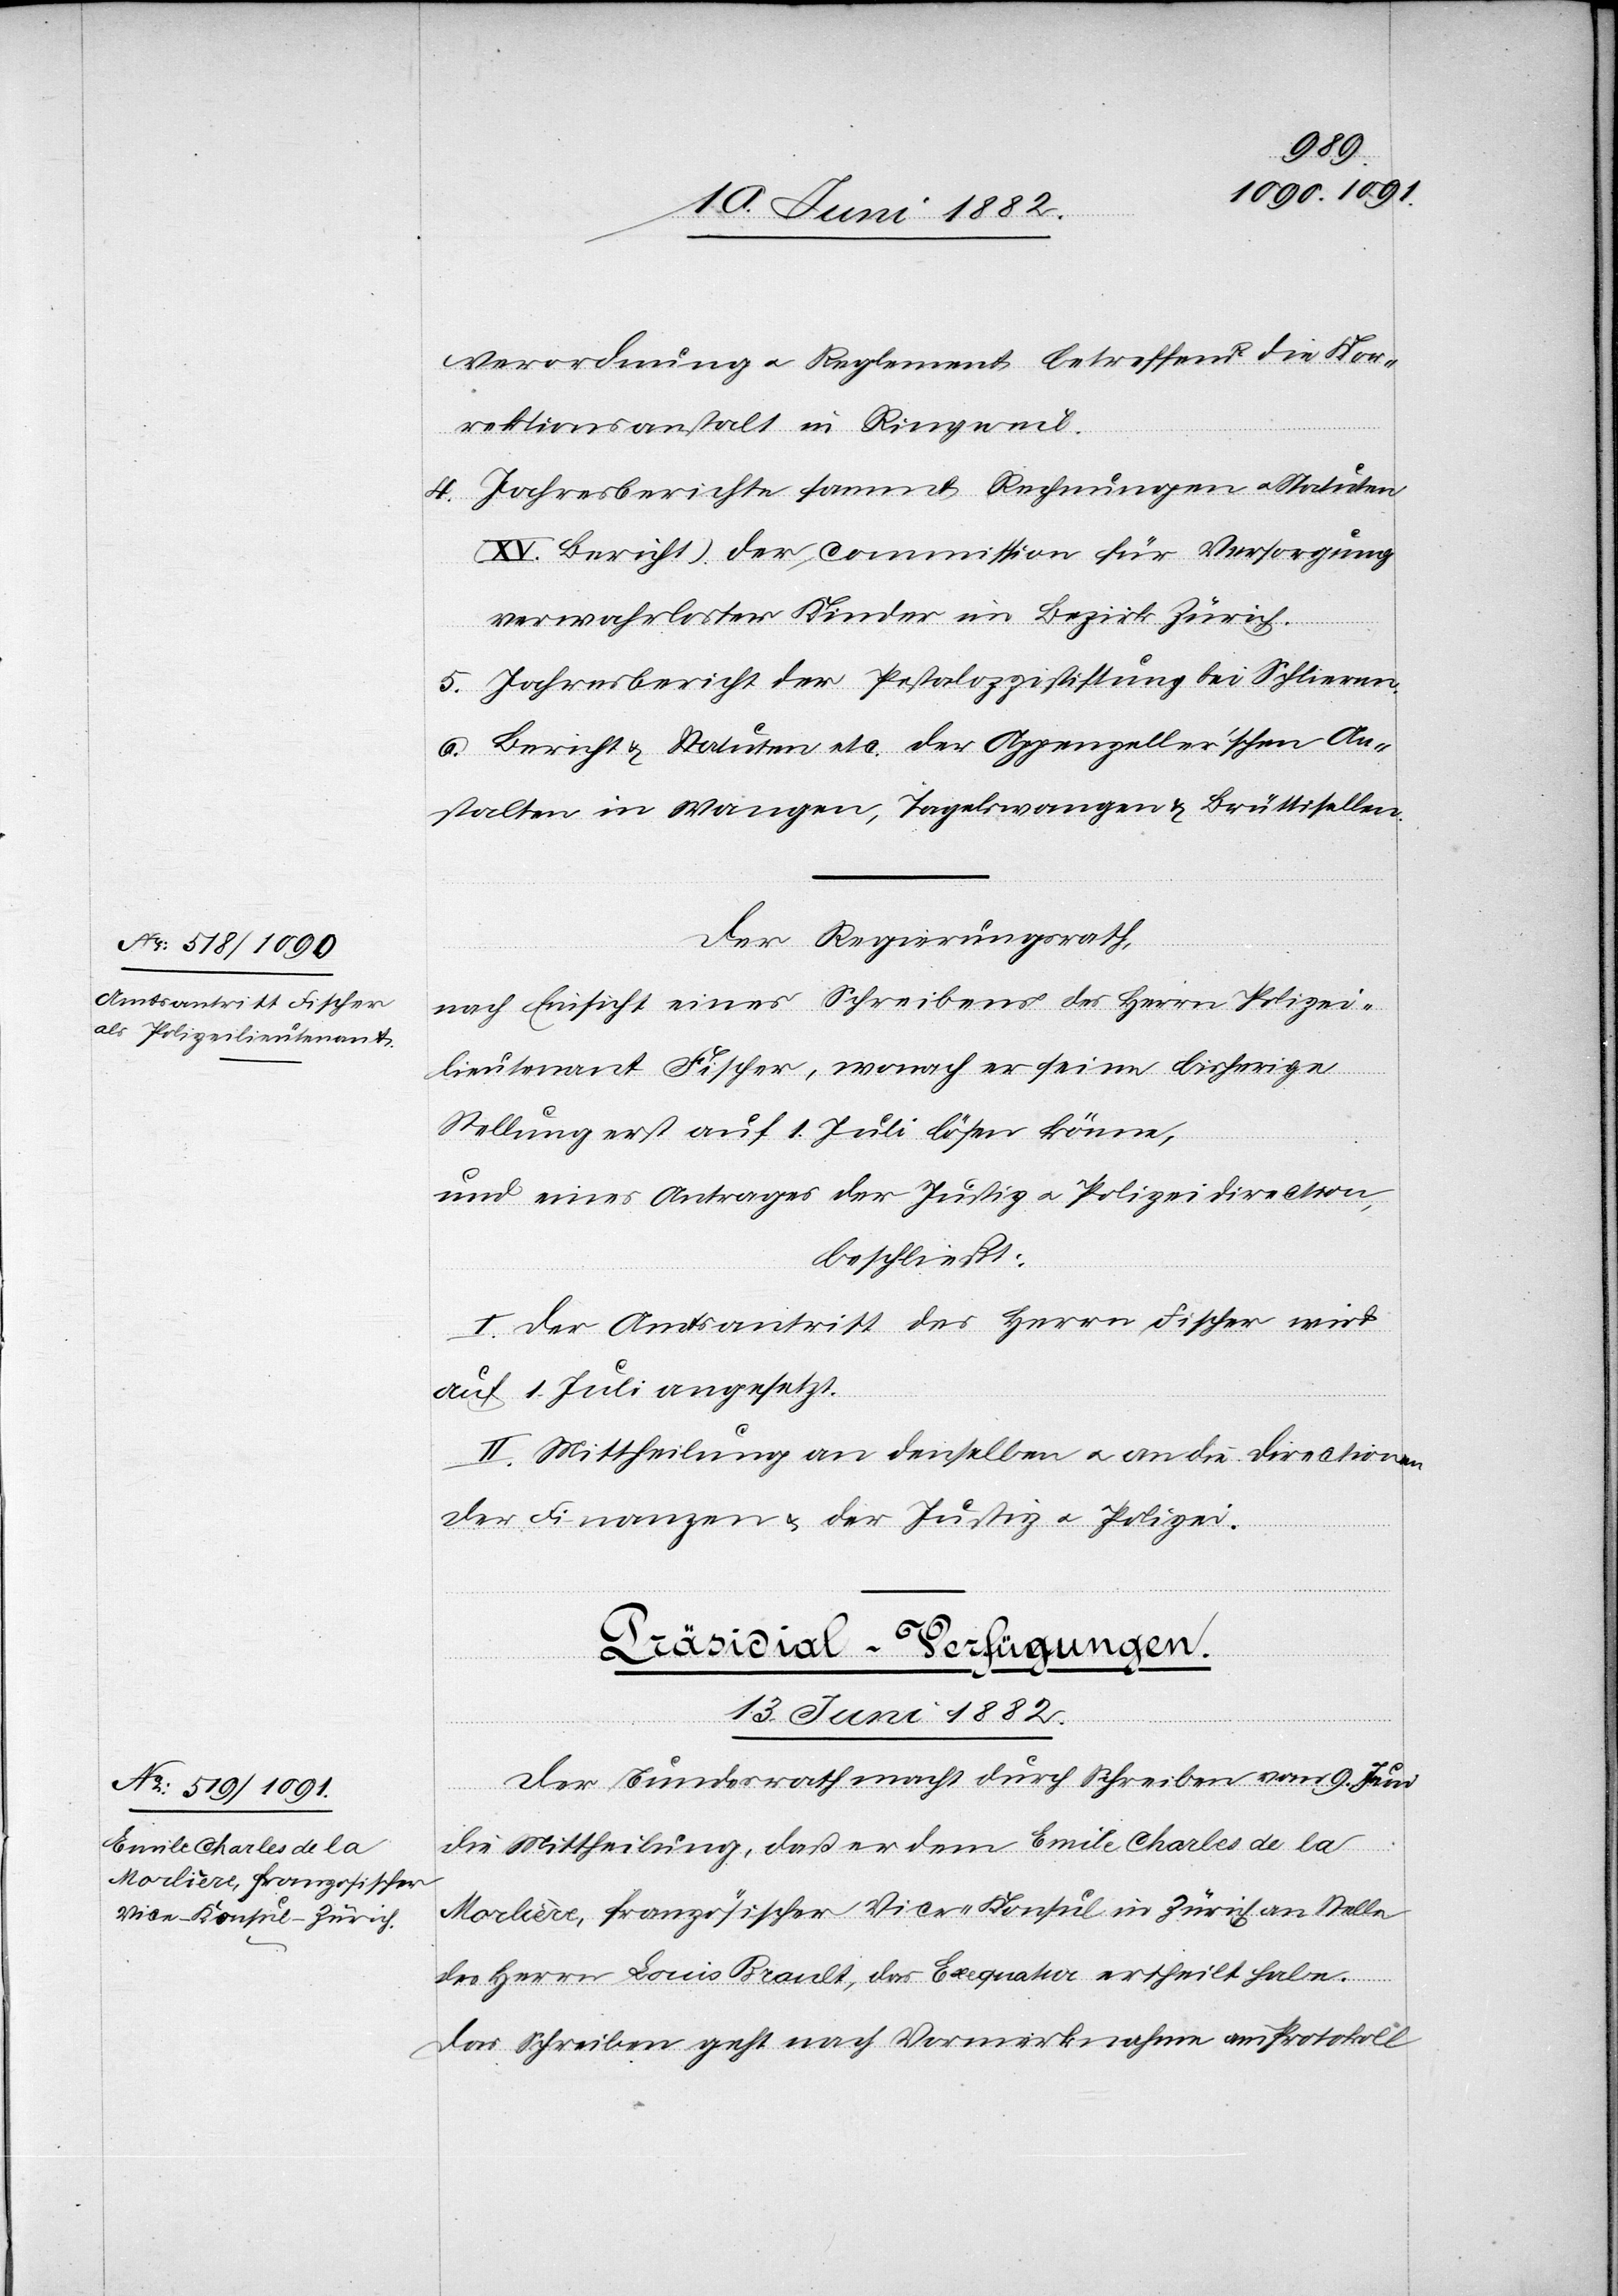
13. Juni 1882.
Verordnung u. Reglement betreffend die Kor¬
rektionsanstalt in Ringweil.
4. Jahresberichte sammt Rechnungen u. Statuten
(XV. Bericht) der Commission für Versorgung
verwahrloster Kinder im Bezirk Zürich.
5. Jahresbericht der Pestalozzistiftung bei Schlieren.
6. Bericht & Statuten etc. der Appenzeller’schen An¬
stalten in Wangen, Tagelswangen & Brüttisellen.“
Der Regierungsrath,
nach Einsicht eines Schreibens des Herrn Polizei¬
lieutenant Fischer, wonach er seine bisherige
Stellung erst auf 1. Juli lösen könne,
und eines Antrages der Justiz[-] u. Polizeidirection,
beschließt:
I. Der Amtsantritt des Herrn Fischer wird
auf 1. Juli angesetzt.
II. Mittheilung an denselben u. an die Directionen
der Finanzen & der Justiz u. Polizei.
Präsidial-Verfügungen.
Der Bundesrath macht durch Schreiben vom 9. Juni
die Mittheilung, daß er dem Emile Charles de la
Morlière, französischer Vice-Konsul in Zürich an Stelle
des Herrn Louis Brault, das Exequatur ertheilt habe.
Das Schreiben geht nach Vormerknahme am Protokoll